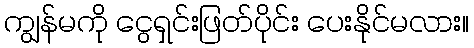
ကျွန်မကို ငွေရှင်းဖြတ်ပိုင်း ပေးနိုင်မလား။